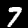
Digit: 7